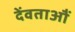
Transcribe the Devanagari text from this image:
देंवताऔं